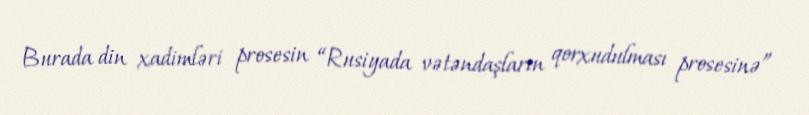
Burada din xadimləri prosesin “Rusiyada vətəndaşların qorxudulması prosesinə”